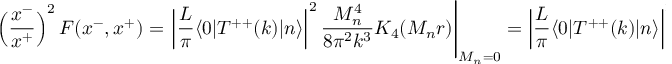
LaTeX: \left( \frac { x ^ { - } } { x ^ { + } } \right) ^ { 2 } F ( x ^ { - } , x ^ { + } ) = \left. \left| { \frac { L } { \pi } } \langle 0 | T ^ { + + } ( k ) | n \rangle \right| ^ { 2 } { \frac { M _ { n } ^ { 4 } } { 8 \pi ^ { 2 } k ^ { 3 } } } K _ { 4 } ( M _ { n } r ) \right| _ { M _ { n } = 0 } = \left| { \frac { L } { \pi } } \langle 0 | T ^ { + + } ( k ) | n \rangle \right| _ { M _ { n } = 0 } ^ { 2 } { \frac { 6 } { k ^ { 3 } \pi ^ { 2 } r ^ { 4 } } } .